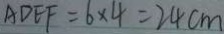
A D E F = 6 \times 4 = 2 4 c m